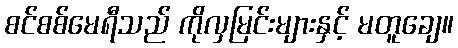
စင်စစ်မေရီသည် ကိုလှမြင်းများနှင့် မတူချေ။